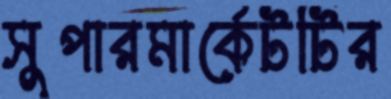
সুপারমার্কেটটির